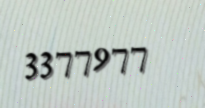
3377977